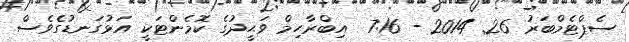
ސެޕްޓެމްބަރު 26